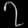
Digit: ၇